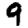
Digit: 9